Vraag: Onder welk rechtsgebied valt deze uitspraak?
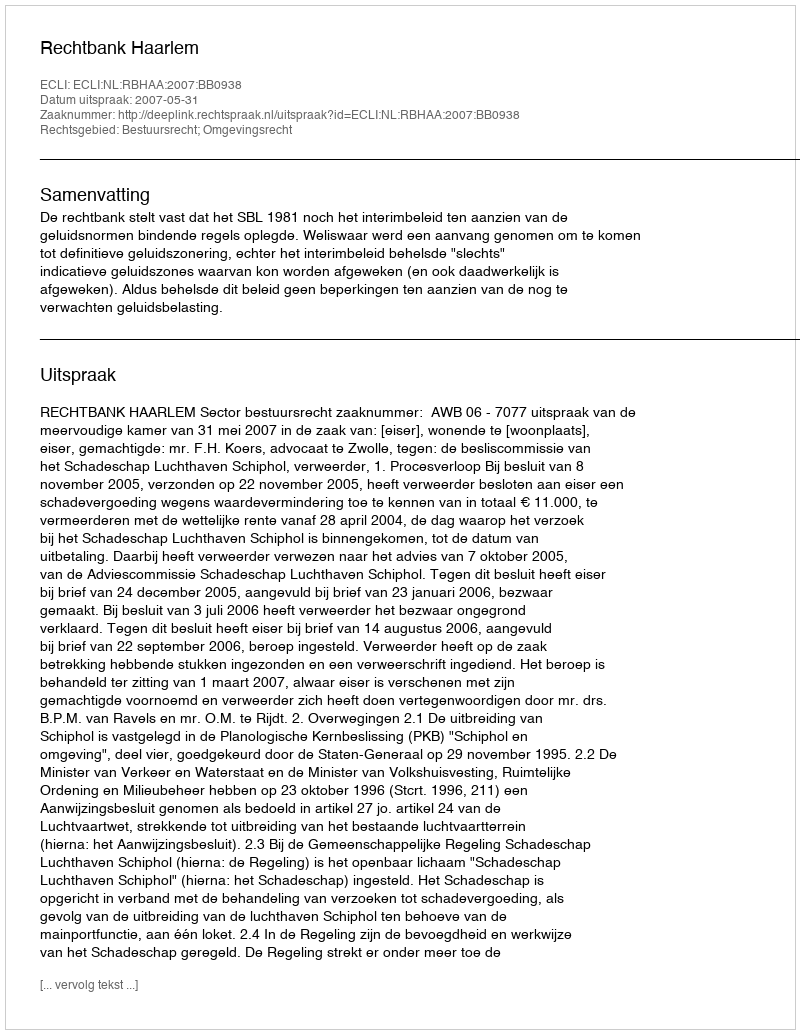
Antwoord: Bestuursrecht; Omgevingsrecht